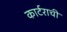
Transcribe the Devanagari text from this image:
कार्टराची